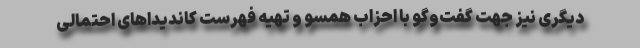
دیگری نیز جهت گفت‌وگو با احزاب همسو و تهیه فهرست کاندیداهای احتمالی